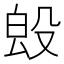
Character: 𣪕